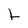
Character: k